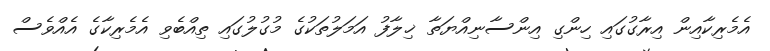
އެމެރިކާއިން އިރާގުގައި ހިންގި އިންސާނިއްޔަތާ ޚިލާފު އަމަލުތަކުގެ މުގުލުގައި ތިއްބެވި އެމެރިކާގެ އެއްވެސް